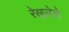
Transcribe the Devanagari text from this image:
रेखलेले